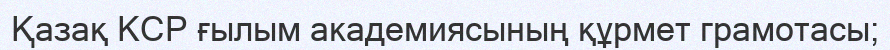
Қазақ КСР ғылым академиясының құрмет грамотасы;